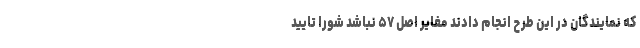
که نمایندگان در این طرح انجام دادند مغایر اصل ۵۷ نباشد شورا تایید